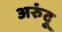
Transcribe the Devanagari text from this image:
अरुंदु